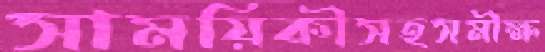
সাময়িকীসহসমীক্ষ